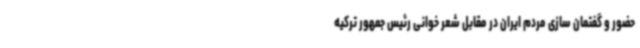
حضور و گفتمان سازی مردم ایران در مقابل شعر خوانی رئیس جمهور ترکیه